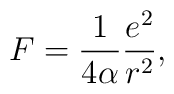
F=\frac{1}{4\alpha}\frac{e^{2}}{r^{2}},